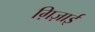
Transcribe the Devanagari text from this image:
ग़िज़ाई